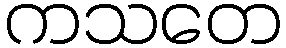
ကသတေ